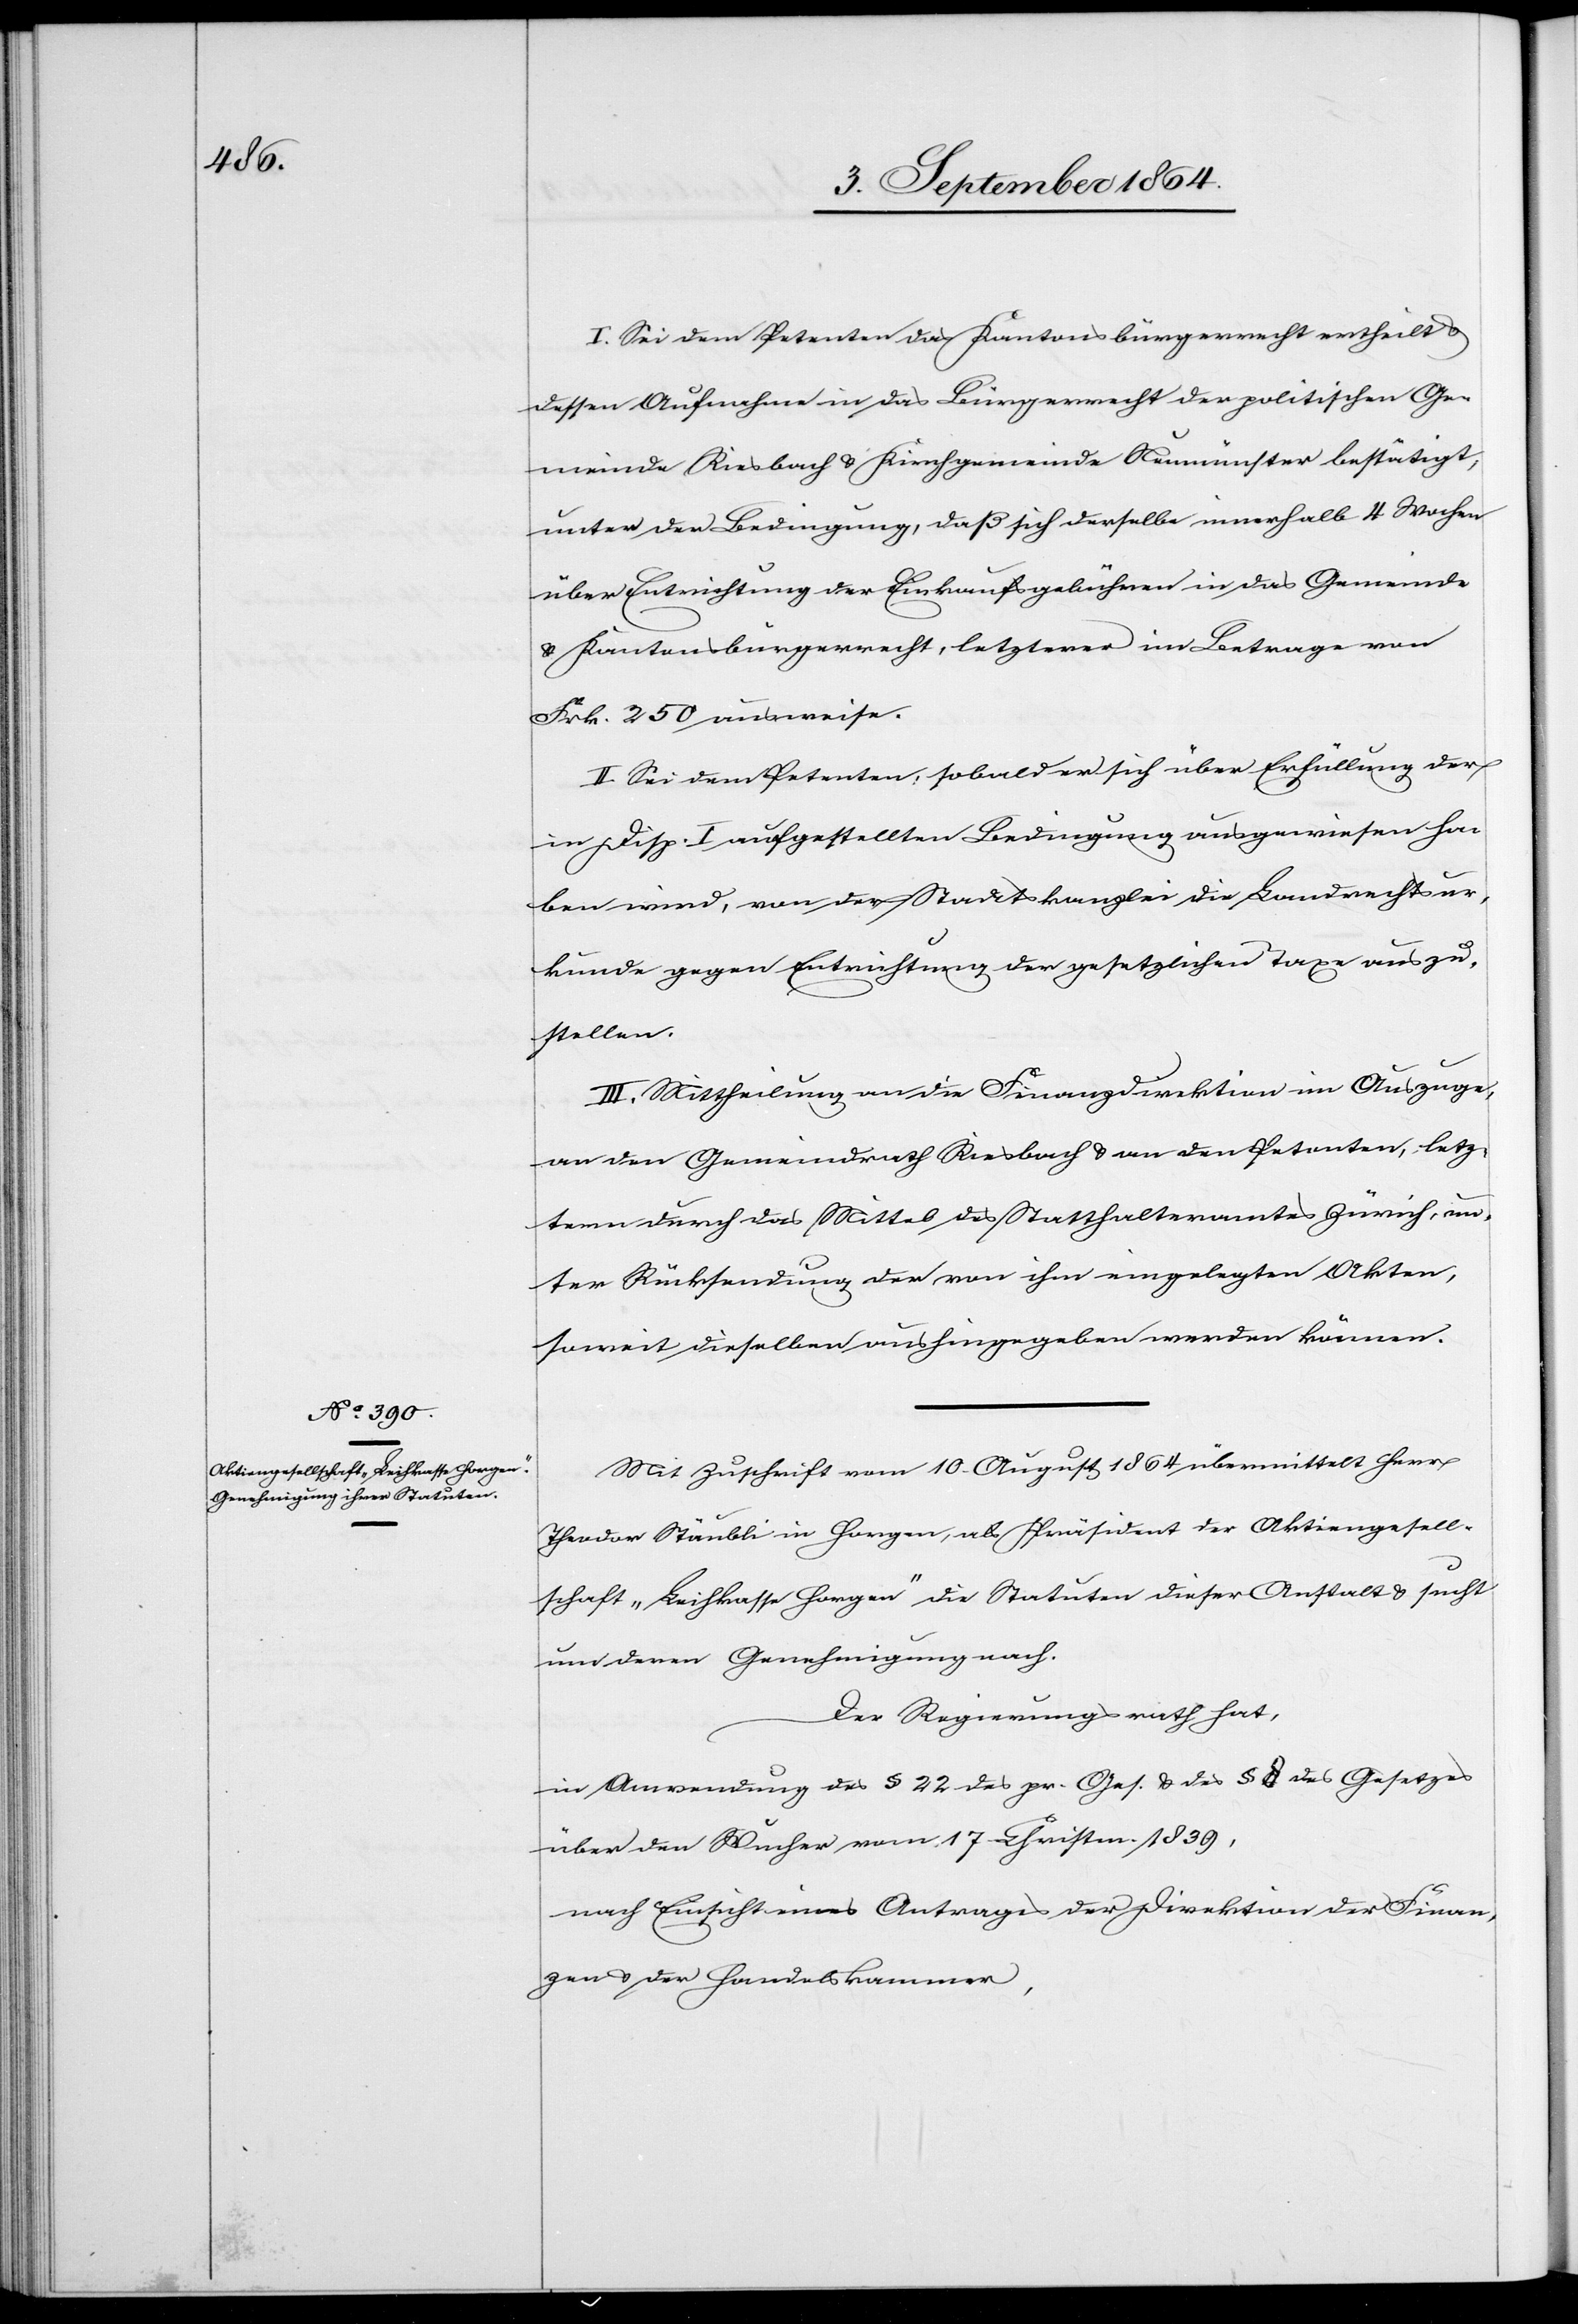
I. Sei dem Petenten das Kantonsbürgerrecht ertheilt &
dessen Aufnahme in das Bürgerrecht der politischen Ge¬
meinde Riesbach & Kirchgemeinde Neumünster bestätigt,
unter der Bedingung, daß sich derselbe innerhalb 4 Wochen
über Entrichtung der Einkaufsgebühren in das Gemeinde-
& Kantonsbürgerrecht, letzterer [sic!] im Betrage von
Frk. 250 ausweise.
II. Sei dem Petenten, sobald er sich über Erfüllung der
in Disp. I aufgestellten Bedingungen ausgewiesen ha¬
ben wird, von der Staatskanzlei die Landrechtsur¬
kunde gegen Entrichtung der gesetzlichen Taxe auszu¬
stellen.
III. Mittheilung an die Finanzdirektion im Auszuge,
an den Gemeindrath Riesbach & an den Petenten, letz¬
term durch das Mittel des Statthalteramtes Zürich, un¬
ter Rücksendung der von ihm eingelegten Akten,
soweit dieselben aushingegeben werden können.
Mit Zuschrift vom 10. August 1864 übermittelt Herr
Theodor Stäubli in Horgen, als Präsident der Aktiengesell¬
schaft „Leihkasse Horgen“ die Statuten dieser Anstalt & sucht
um deren Genehmigung nach.
Der Regierungsrath hat,
in Anwendung des § 22 des pr. Ges. & des § 8 des Gesetzes
über den Wucher vom 17. Christm. 1839,
nach Einsicht eines Antrages der Direktion der Finan¬
zen & der Handelskammer,